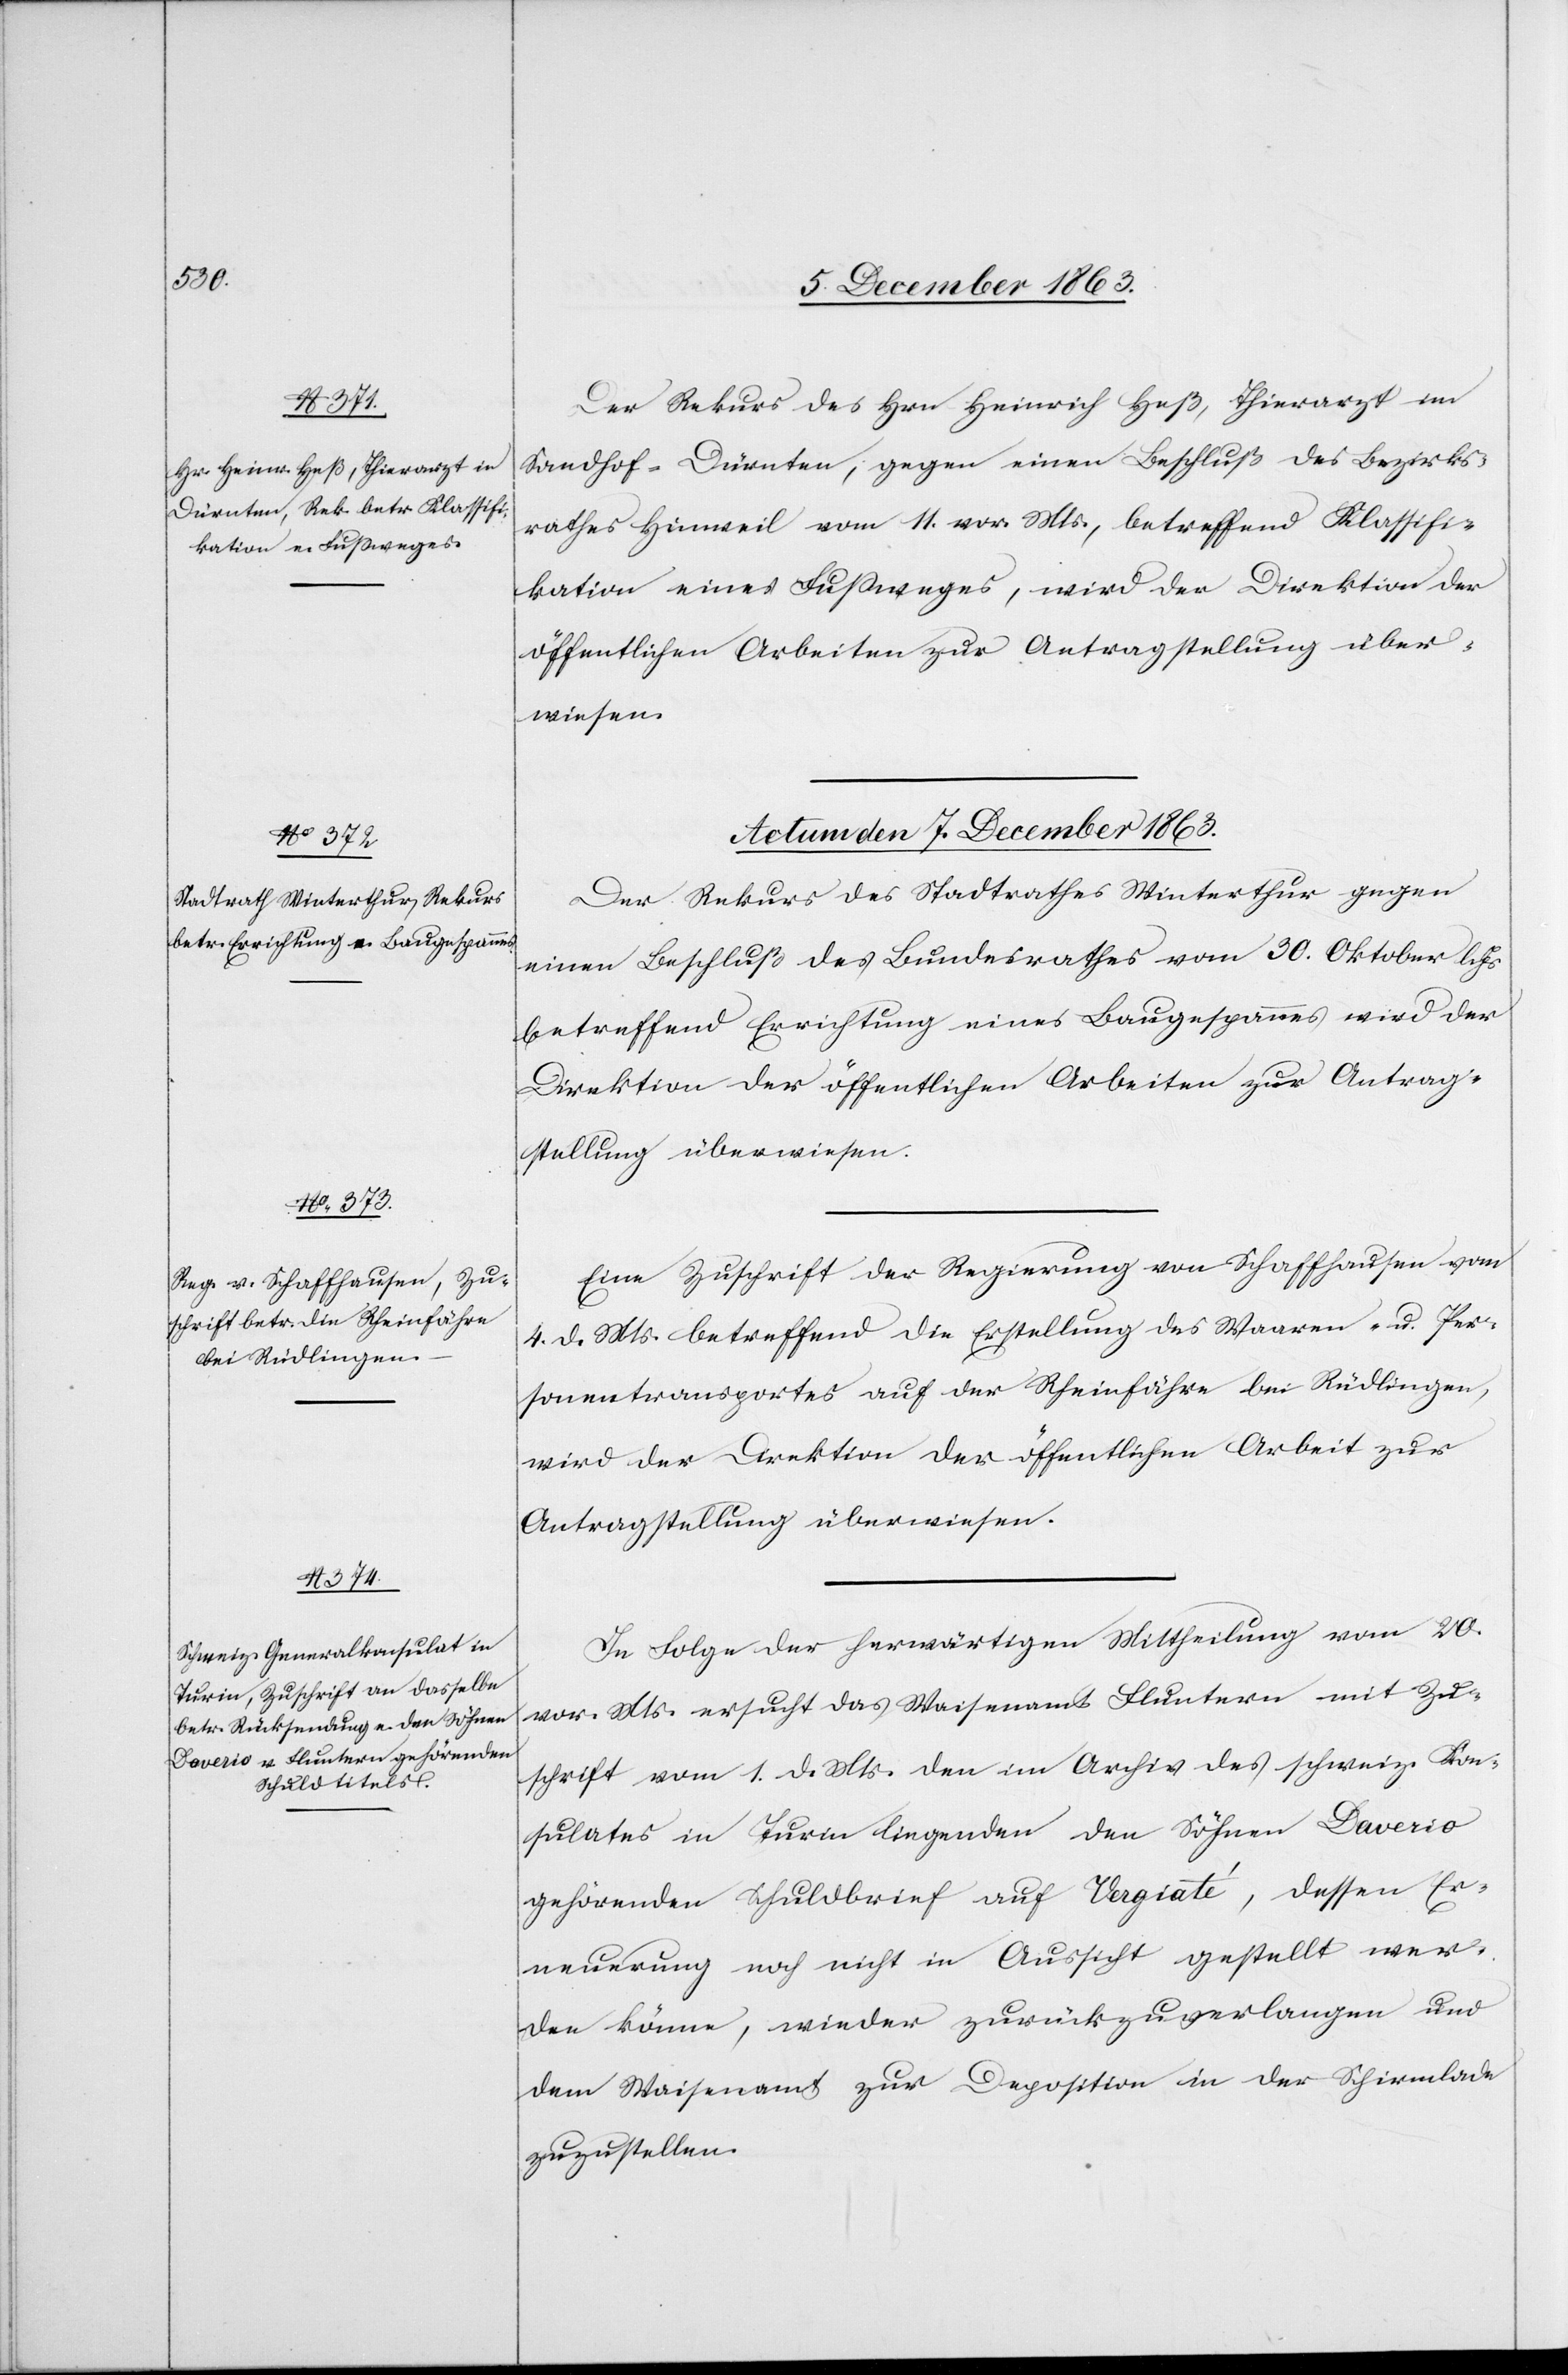
Der Rekurs des Hrn Heinrich Heß, Thierarzt im
Sandhof-Dürnten, gegen einen Beschluß des Bezirks¬
rathes Hinweil vom 11. vor. Mts., betreffend Klassifi¬
kation eines Fussweges, wird der Direktion der
öffentlichen Arbeiten zur Antragstellung über¬
wiesen.
Actum den 7. December 1863.]
Der Rekurs des Stadtrathes Winterthur gegen
einen Beschluß des Bundesrathes vom 30. Oktober l. Js.
betreffend Errichtung eines Baugespannes wird der
Direktion der öffentlichen Arbeiten zur Antrag¬
stellung überwiesen.
Eine Zuschrift der Regierung von Schaffhausen vom
4. d. Mts. betreffend die Erstellung des Waaren- u. Per¬
sonentransportes auf der Rheinfähre bei Rüdlingen,
wird der Direktion der öffentlichen Arbeiten zur
Antragstellung überwiesen.
In Folge der herwärtigen Mittheilung vom 20.
vor. Mts. ersucht das Waisenamt Fluntern mit Zu¬
schrift vom 1. d. Mts. den im Archiv des schweiz. Kon¬
sulates in Turin liegenden den Söhnen Daverio
gehörenden Schuldbrief auf Vergiaté, dessen Er¬
neuerung noch nicht in Aussicht gestellt wer¬
den könne, wieder zurückzuverlangen und
dem Waisenamt zur Deposition in der Schirmlade
zuzustellen.